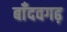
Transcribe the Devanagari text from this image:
बाँदवगढ़